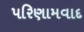
પરિણામવાદ